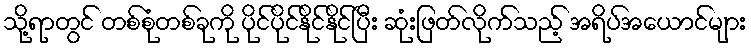
သို့ရာတွင် တစ်စုံတစ်ခုကို ပိုင်ပိုင်နိုင်နိုင်ပြီး ဆုံးဖြတ်လိုက်သည့် အရိပ်အယောင်များ